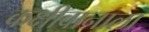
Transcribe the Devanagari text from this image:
कक्षीवानाला